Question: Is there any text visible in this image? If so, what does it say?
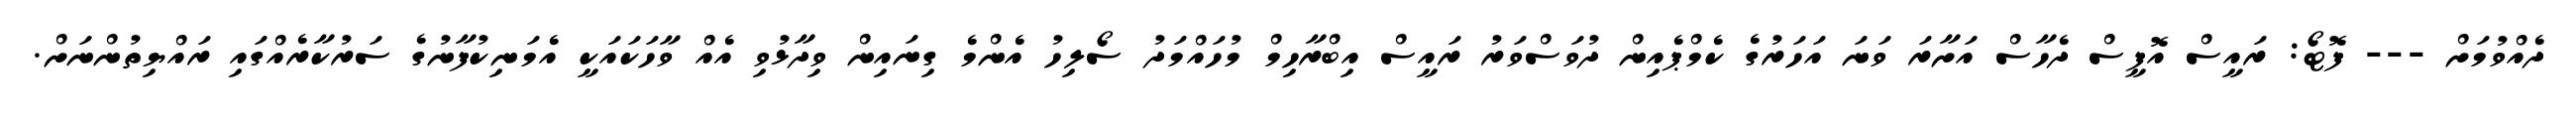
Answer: ދެއްވުމަށް --- ފޮޓޯ: ރައީސް އޮފީސް ދެހާސް އަށާރަ ވަނަ އަހަރުގެ ކެމްޕެއިން ދުވަސްވަރު ރައީސް އިބްރާހިމް މުހައްމަދު ސޯލިހު އެންމެ ގިނައިން ވިދާޅުވި އެއް ވާހަކައަކީ އެމަނިކުފާނުގެ ސަރުކާރެއްގައި ރައްޔިތުންނަށް.